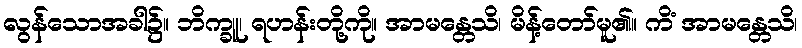
လွန်သောအခါ၌။ ဘိက္ခူ၊ ရဟန်းတို့ကို။ အာမန္တေသိ၊ မိန့်တော်မူ၏။ ကိံ အာမန္တေသိ၊